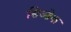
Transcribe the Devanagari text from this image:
सिओक